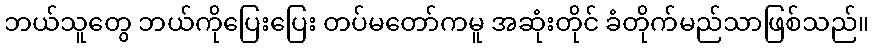
ဘယ်သူတွေ ဘယ်ကိုပြေးပြေး တပ်မတော်ကမူ အဆုံးတိုင် ခံတိုက်မည်သာဖြစ်သည်။